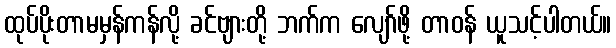
ထုပ်ပိုးတာမမှန်ကန်လို့ ခင်ဗျားတို့ ဘက်က လျော်ဖို့ တာဝန် ယူသင့်ပါတယ်။